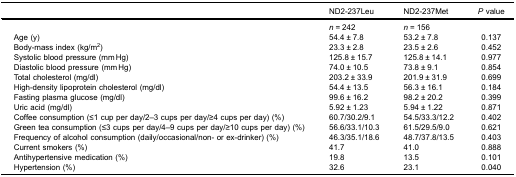
|  | ND2-237Leu | ND2-237Met | P value |
 | --- | --- | --- | --- |
 |  | n = 242 | n = 156 |  |
 | Age (y) | 54.4 ± 7.8 | 53.2 ± 7.8 | 0.137 |
 | Body-mass index (kg/m2) | 23.3 ± 2.8 | 23.5 ± 2.6 | 0.452 |
 | Systolic blood pressure (mm Hg) | 125.8 ± 15.7 | 125.8 ± 14.1 | 0.977 |
 | Diastolic blood pressure (mm Hg) | 74.0 ± 10.5 | 73.8 ± 9.1 | 0.854 |
 | Total cholesterol (mg/dl) | 203.2 ± 33.9 | 201.9 ± 31.9 | 0.699 |
 | High-density lipoprotein cholesterol (mg/dl) | 54.4 ± 13.5 | 56.3 ± 16.1 | 0.184 |
 | Fasting plasma glucose (mg/dl) | 99.6 ± 16.2 | 98.2 ± 20.2 | 0.399 |
 | Uric acid (mg/dl) | 5.92 ± 1.23 | 5.94 ± 1.22 | 0.871 |
 | Coffee consumption (≤1 cup per day/2–3 cups per day/≥4 cups per day) (%) | 60.7/30.2/9.1 | 54.5/33.3/12.2 | 0.402 |
 | Green tea consumption (≤3 cups per day/4–9 cups per day/≥10 cups per day) (%) | 56.6/33.1/10.3 | 61.5/29.5/9.0 | 0.621 |
 | Frequency of alcohol consumption (daily/occasional/non- or ex-drinker) (%) | 46.3/35.1/18.6 | 48.7/37.8/13.5 | 0.403 |
 | Current smokers (%) | 41.7 | 41.0 | 0.888 |
 | Antihypertensive medication (%) | 19.8 | 13.5 | 0.101 |
 | Hypertension (%) | 32.6 | 23.1 | 0.040 |